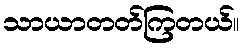
သာယာတတ်ကြတယ်။